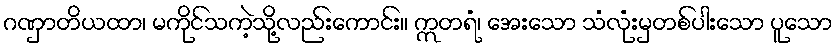
ဂဏှာတိယထာ၊ မကိုင်သကဲ့သို့လည်းကောင်း။ ဣတရံ၊ အေးသော သံလုံးမှတစ်ပါးသော ပူသော